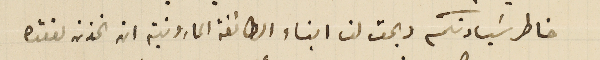
خاطر سَيادتكم ويحق لنا ابناء الطائفة المارونية ان نحزن لفقده